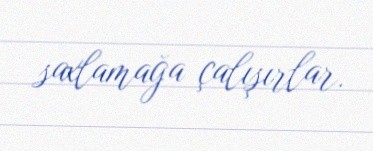
saxlamağa çalışırlar.